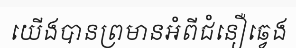
យើងបានព្រមានអំពីជំនឿឆ្វេង